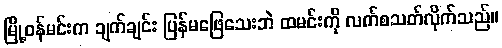
မြို့ဝန်မင်းက ချက်ချင်း ပြန်မဖြေသေးဘဲ ထမင်းကို လက်စသတ်လိုက်သည်။